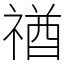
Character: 禉